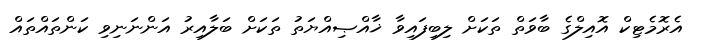
އެރޮމެޓިކް އޮއިލްގެ ބާވަތް ތަކަށް ލިބިފައިވާ ޚާއްޞިއްޔަތު ތަކަށް ބަލާއިރު އަންނަނިވި ކަންތައްތައް